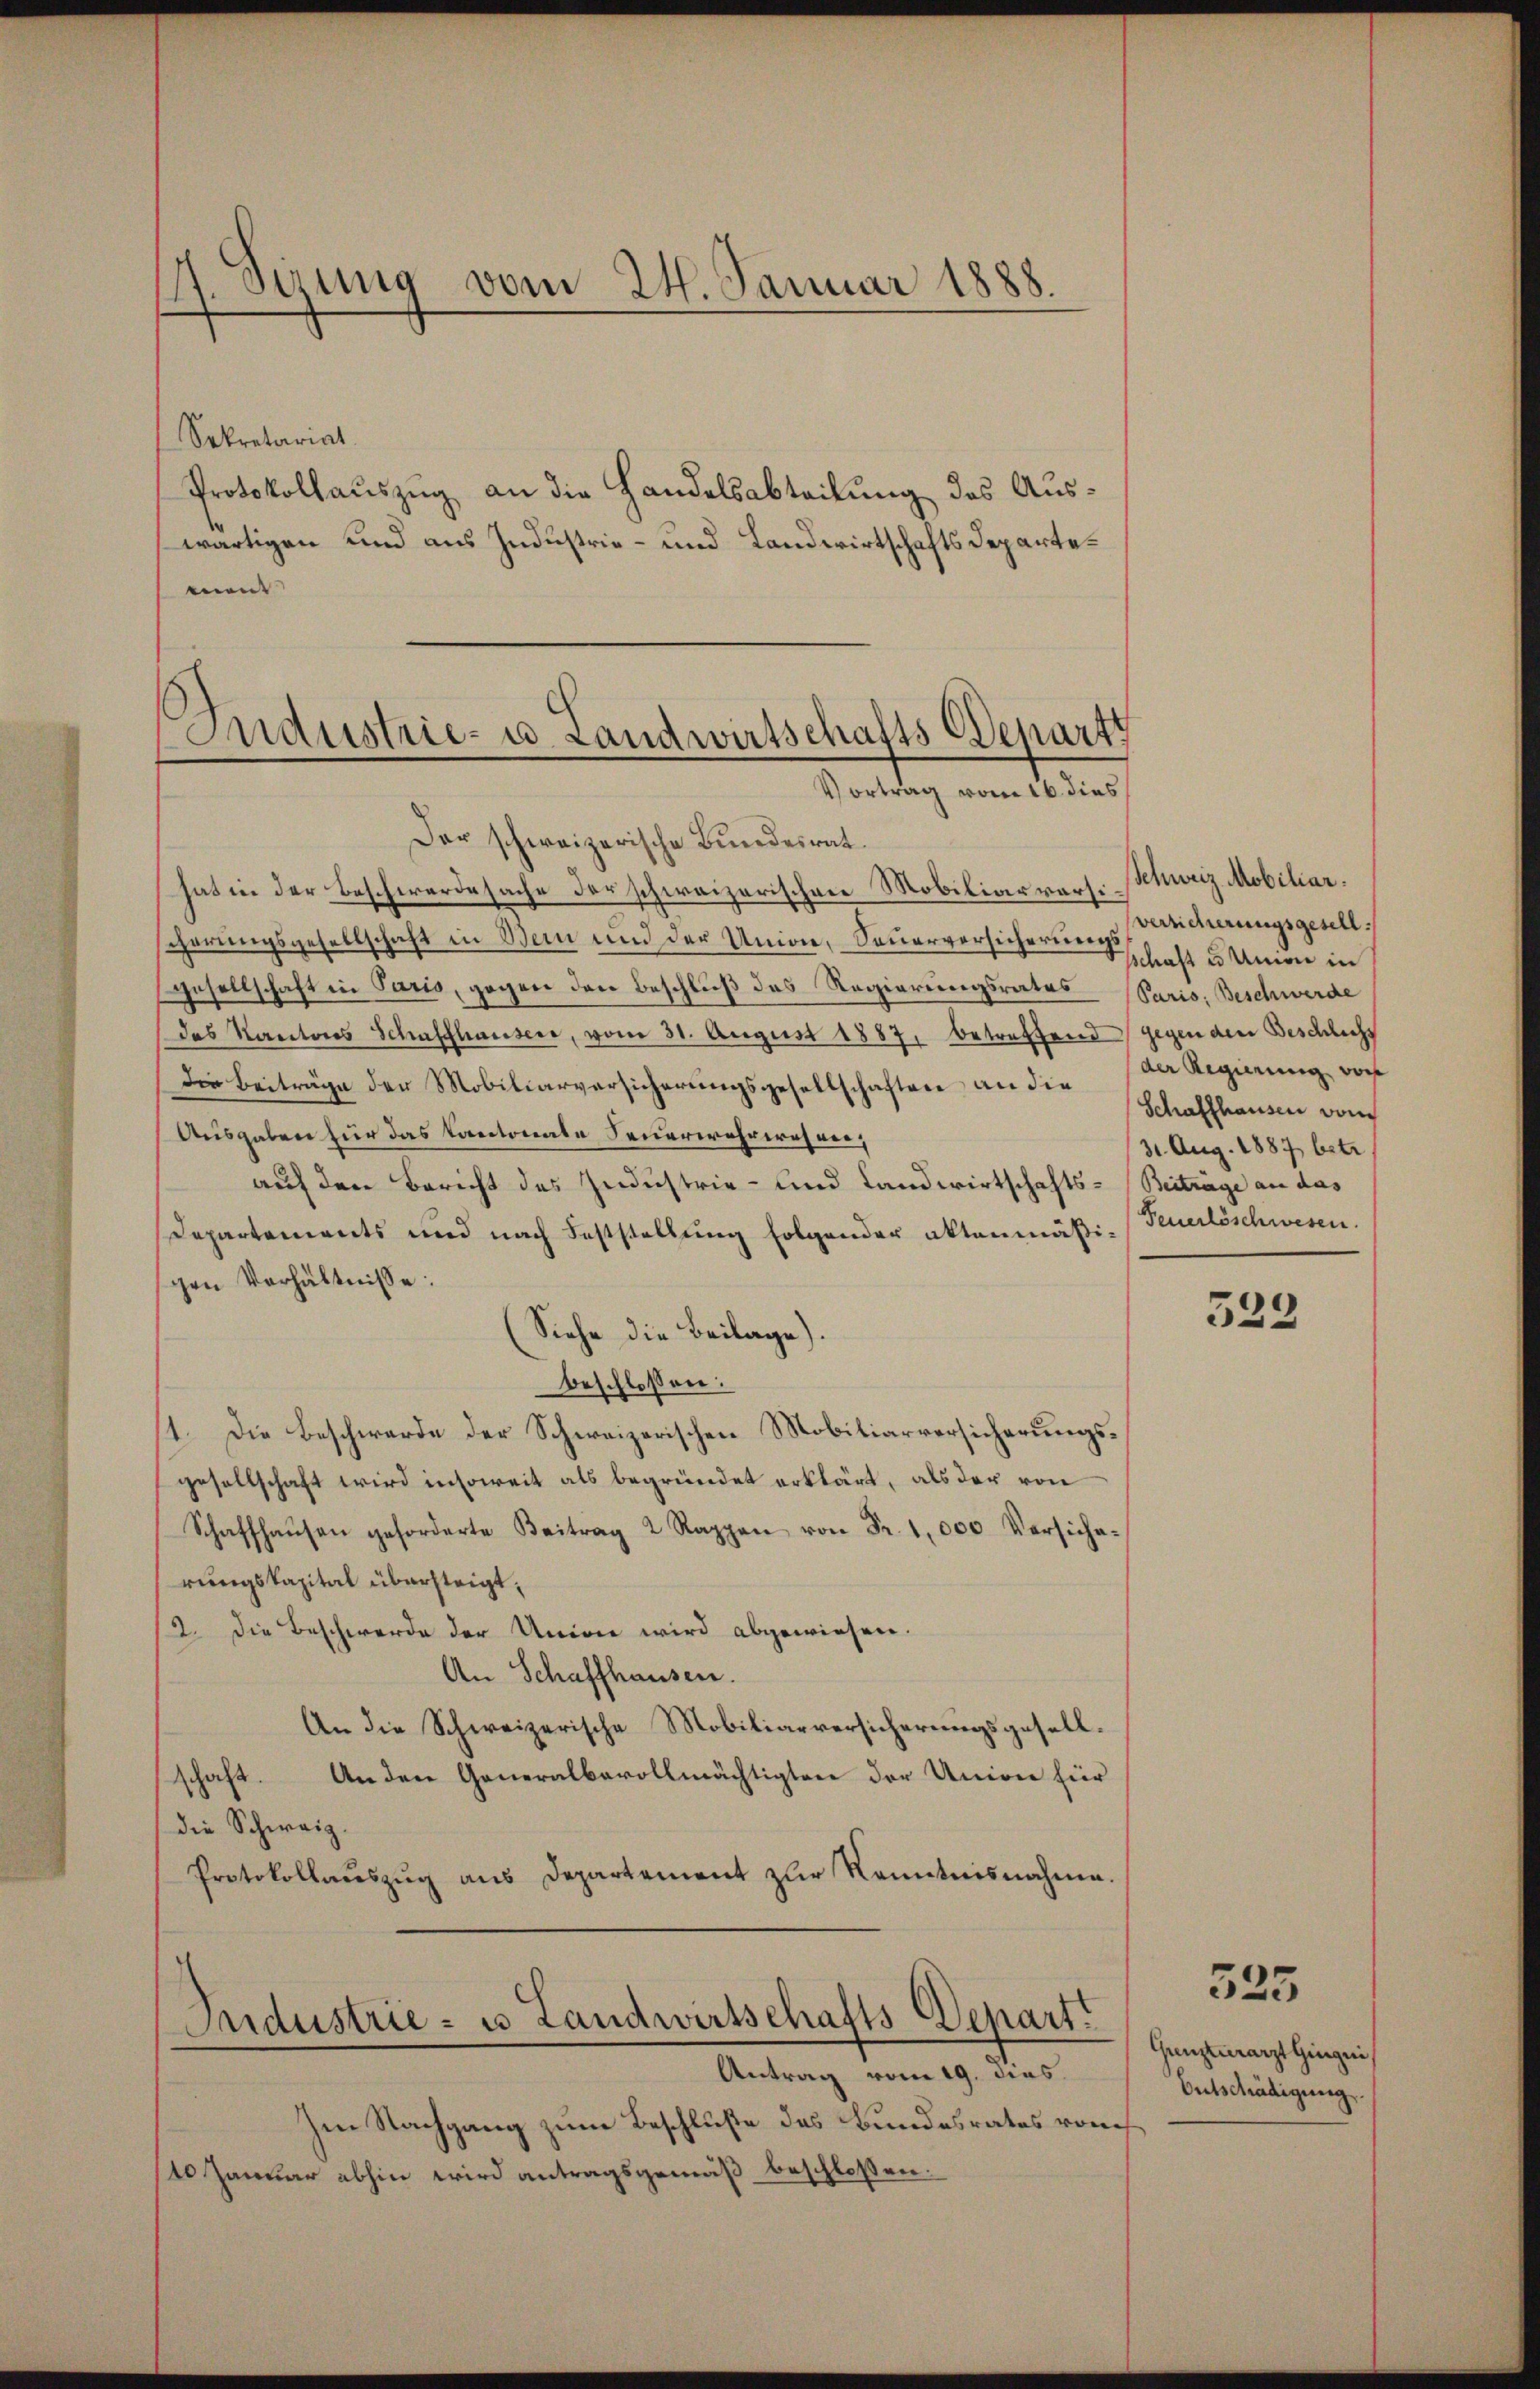
. Syzung vom 24. Januar 1888.

Sekretariat
Protokollauszug an die Handelsabteilung des Auswärtigen und aus Industrie- und Landwirtschafts Departement
Andustrie- u. Landwirtschafts Departi

Vortrag vom 16. dies

Der schweizerische Bundesrat
hat in der Beschwerdesache der schweizerischen Mobiliarvers. Schweiz. Mobiliar.
cherungsgesellschaft in Wein und der Union, Seuerversicherungs-Kinderungsgesellgesellschaft in Paris, gegen den Beschluß des Regierungsrates Paris, Beschwerde
das Kantons Schaffhausere, vom 31. August 1887, betreffend gegen den Beschlichs
Die Beiträge der Mobiliarversicherungsgesellschaften an der Schaffhausen doch
Ausgaben für das Kantonale Feuerwehrwesen,
auf den Bericht des Industrie- und Landwirtschafts-Beiträge an das
Departements und nach Feststellung folgender aktenmäßi-Feuerlöschwesen.
gen Verhältnisse:
(Siehe die Beilage).
beschlossen:
4. Die Beschwerde der Schweizerischen Mobiliarversicherungsgesellschaft wird insoweit als begründet erklärt, als der von
Schaffhaŭsen geforderte Beitrag 2 Rappen von Fr. 1,000 Versicherungskapital übersteigt,
2. Die Beschwerde der Univer wird abgewiesen.
An Schaffhausen.
An die Schweizerische Mobiliarversicherungsgesellschaft. Ander Generalbevollmächtigten der Union für
die Schweiz.
Protokollauszug aus Departement zur Kenntnisnahme

Industrie - u Landwirtschafts-Depart.
Antrag vom 19. dies

Im Nachgang zum Beschluße des Bundesrates von
10 Januar abhin wird antragsgemäß beschloßen:

sschaft u. Union in
der Regierung von
31. Aug. 1887 betr

523

325

Grenztuerarzt Gingni
Entschädigung.